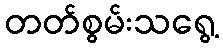
တတ်စွမ်းသရွေ့